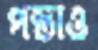
পস্তাও